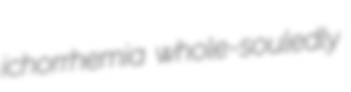
ichorrhemia whole-souledly